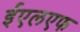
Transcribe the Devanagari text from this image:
ईएलएफ